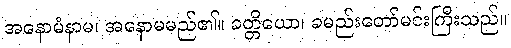
အနောမံနာမ၊ အနောမမည်၏။ ခတ္တိယော၊ ခမည်းတော်မင်းကြီးသည်။